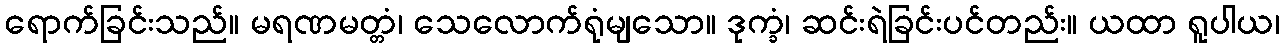
ရောက်ခြင်းသည်။ မရဏမတ္တံ၊ သေလောက်ရုံမျသော။ ဒုက္ခံ၊ ဆင်းရဲခြင်းပင်တည်း။ ယထာ ရူပါယ၊